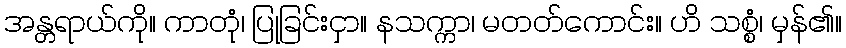
အန္တရာယ်ကို။ ကာတုံ၊ ပြုခြင်းငှာ။ နသက္ကာ၊ မတတ်ကောင်း။ ဟိ သစ္စံ၊ မှန်၏။